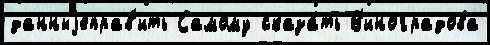
данныjеправ'ить Самому сказа́ть В'иноградова